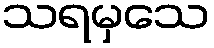
သရမှသေ